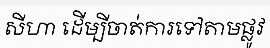
សីហា ដើម្បីចាត់ការទៅតាមផ្លូវ